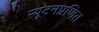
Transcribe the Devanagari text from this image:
न्यूटनप्रणित